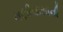
મણીયાસાની